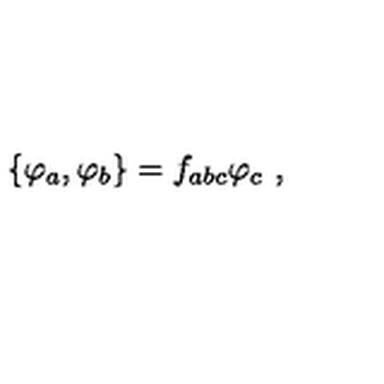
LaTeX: \{ \varphi _ { a } , \varphi _ { b } \} = f _ { a b c } \varphi _ { c } \ ,